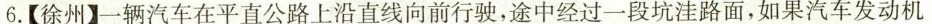
6.【徐州】一辆汽车在平直公路上沿直线向前行驶，途中经过一段坑洼路面，如果汽车发动机